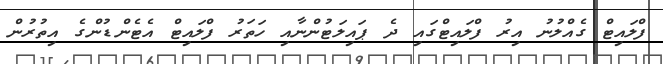
ފްލައިޓް ގެއްލުނު އިރު ފްލައިޓްގައި ދެ ޕައިލަޓުންނާއި ހަތަރު ފްލައިޓް އެޓެންޑުންގެ އިތުރުން